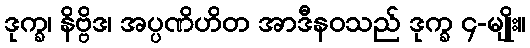
ဒုက္ခ၊ နိဗ္ဗိဒ၊ အပ္ပဏိဟိတ အာဒီနဝသည် ဒုက္ခ ၄-မျိုး။